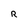
Character: R